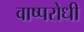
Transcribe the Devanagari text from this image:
वाष्परोधी